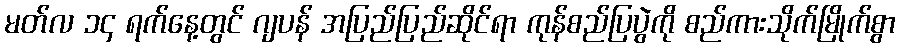
မတ်လ ၁၄ ရက်နေ့တွင် ဂျပန် အပြည်ပြည်ဆိုင်ရာ ကုန်စည်ပြပွဲကို စည်ကားသိုက်မြိုက်စွာ